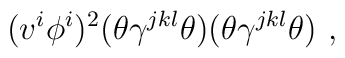
(v^i \phi^i )^2(\theta \gamma^{jkl} \theta ) (\theta \gamma^{jkl} \theta ) ~ ,